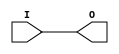
// $Header: /devl/xcs/repo/env/Databases/CAEInterfaces/verunilibs/data/unisims/IBUFG_HSTL_I.v,v 1.6 2007/05/23 21:43:34 patrickp Exp $
///////////////////////////////////////////////////////////////////////////////
// Copyright (c) 1995/2004 Xilinx, Inc.
// All Right Reserved.
///////////////////////////////////////////////////////////////////////////////
//   ____  ____
//  /   /\/   /
// /___/  \  /    Vendor : Xilinx
// \   \   \/     Version : 10.1
//  \   \         Description : Xilinx Functional Simulation Library Component
//  /   /                  Input Clock Buffer with HSTL_I I/O Standard
// /___/   /\     Filename : IBUFG_HSTL_I.v
// \   \  /  \    Timestamp : Thu Mar 25 16:42:27 PST 2004
//  \___\/\___\
//
// Revision:
//    03/23/04 - Initial version.
//    05/23/07 - Changed timescale to 1 ps / 1 ps.

`timescale  1 ps / 1 ps


module IBUFG_HSTL_I (O, I);

    output O;

    input  I;

	buf B1 (O, I);


endmodule